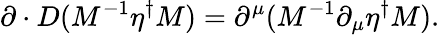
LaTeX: \partial\cdot D(M^{-1}\eta^{\dagger}M)=\partial^{\mu}(M^{-1}\partial_{\mu}\eta^{\dagger}M).